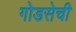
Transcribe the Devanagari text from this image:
गोडसेची